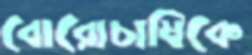
বোরোচাষিকে